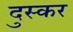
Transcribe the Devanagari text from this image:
दुस्कर